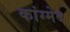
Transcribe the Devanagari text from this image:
कांग्मेद